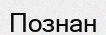
Познан